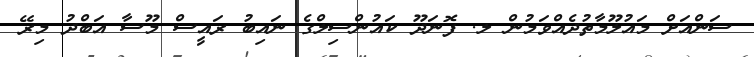
ސަންއަށް މައުލޫމާތުދެއްވަމުން ލ. ފޮނަދޫ ކައުންސިލްގެ ނައިބު ރައީސް މޫސާ އަބްދު މިރޭ